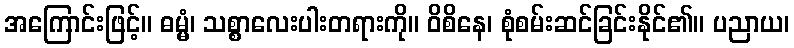
အကြောင်းဖြင့်။ ဓမ္မံ၊ သစ္စာလေးပါးတရားကို။ ဝိစိနေ၊ စုံစမ်းဆင်ခြင်းနိုင်၏။ ပညာယ၊